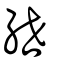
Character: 紲